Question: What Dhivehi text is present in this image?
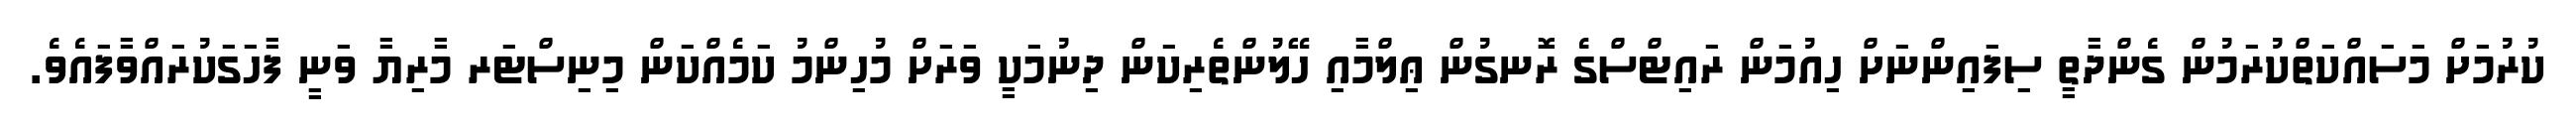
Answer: ކުރުމަށް މަސައްކަތްކުރަމުން ގެންދާތީ ސިފައިންނަށް ހިއުމަން ރައިޓްސްގެ ރޮނގުން ޢިލްމާއި ހޭލުންތެރިކަން ދިނުމަކީ ވަރަށް މުހިންމު ކަމެއްކަން މިނިސްޓަރ މާރިޔާ ވަނީ ފާހަގަކުރައްވާފައެވެ.